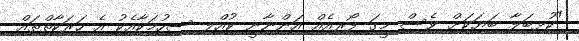
"ކުޅިބަލާ ބަޔަކަށް ވެސް މީގަ ފޯރިއެއް އަންނާނީ ކުއްލި ސިހުމަކާއެކު އެ ހަރަކާތްތައް